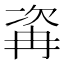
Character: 𣣀